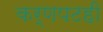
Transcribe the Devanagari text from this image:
कर्णपटही